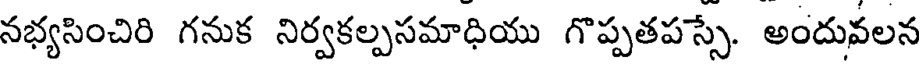
నభ్యసించిరి గనుక నిర్వకల్పసమాధియు గొప్పతపస్సే. అందువలన